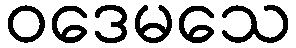
ဝဒေမသေ